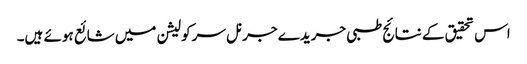
اس تحقیق کے نتائج طبی جریدے جرنل سرکولیشن میں شائع ہوئے ہیں۔